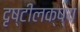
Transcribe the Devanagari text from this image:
दृष्टीलक्ष्य